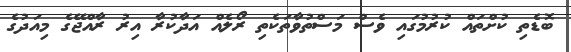
ބޮޑެތި ކުށްތައް ކުރުމުގައި ވެސް މަސްތުވާތަކެތި ރޯލެއް އަދާކުރާ އިރު ރާއްޖޭގެ މިއަދުގެ